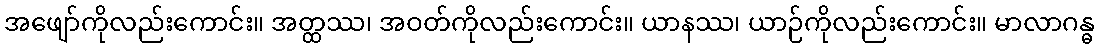
အဖျော်ကိုလည်းကောင်း။ အတ္ထဿ၊ အဝတ်ကိုလည်းကောင်း။ ယာနဿ၊ ယာဉ်ကိုလည်းကောင်း။ မာလာဂန္ဓ